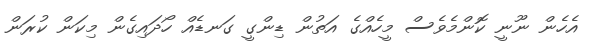
އެހެން ނޫނީ ކޮންމެވެސް މީހެއްގެ އަތުން ޑިންގީ ގަނޑެއް ހޯދައިގެން މިކަން ކުރަން